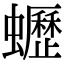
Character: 𧔝